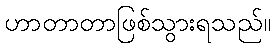
ဟာတာတာဖြစ်သွားရသည်။